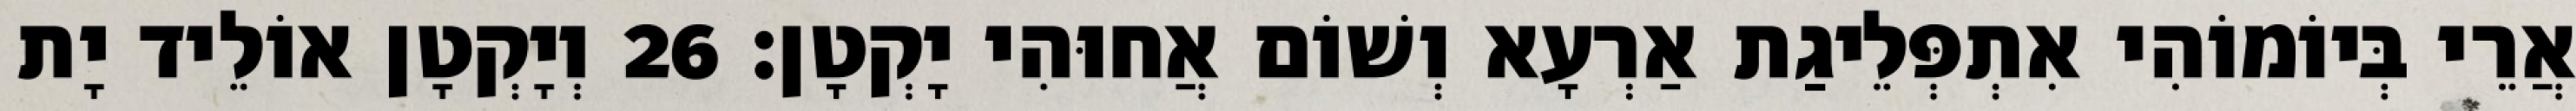
אֲרֵי בְּיוֹמוֹהִי אִתְפְּלֵיגַת אַרְעָא וְשׁוֹם אֲחוּהִי יָקְטָן׃ 26 וְיָקְטָן אוֹלֵיד יָת